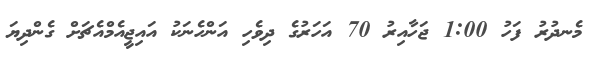
މެނދުރު ފަހު 1:00 ޖަހާއިރު 70 އަހަރުގެ ދިވެހި އަންހެނަކު އައިޖީއެމްއެޗަށް ގެންދިޔަ